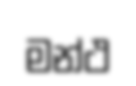
මන්ථ